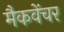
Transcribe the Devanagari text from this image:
मैकवेंचर